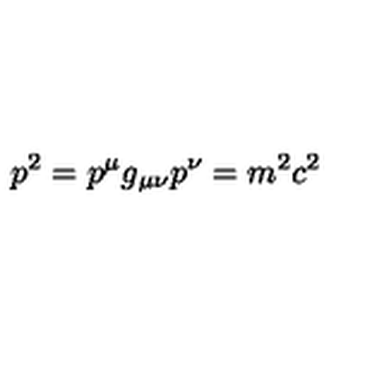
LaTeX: p ^ { 2 } = p ^ { \mu } g _ { \mu \nu } p ^ { \nu } = m ^ { 2 } c ^ { 2 }